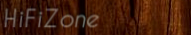
HiFiZone